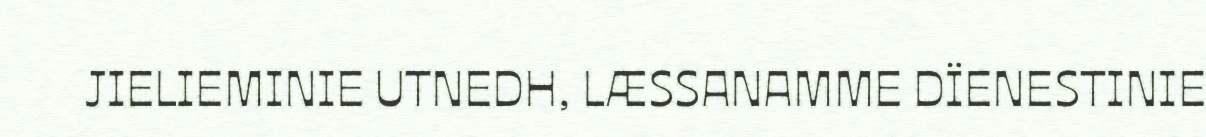
JIELIEMINIE UTNEDH, LÆSSANAMME DÏENESTINIE